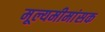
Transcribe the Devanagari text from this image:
मूल्यमीमांसक